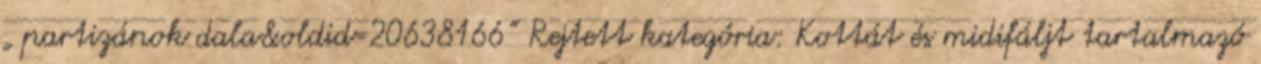
„ partizánok dala&oldid=20638166” Rejtett kategória: Kottát és midifáljt tartalmazó